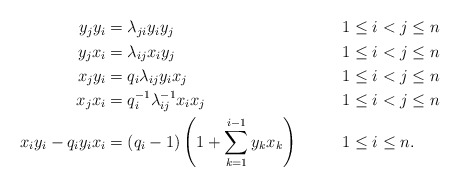
\begin{align*}\begin{aligned}y_jy_i&={\lambda}_{ji}y_iy_j&& 1\leq i<j\leq n\\y_jx_i&={\lambda}_{ij}x_iy_j&&1\leq i<j\leq n\\x_jy_i&={q}_i{\lambda}_{ij}y_ix_j&&1\leq i<j\leq n\\x_jx_i&={q}_{i}^{-1}{\lambda}_{ij}^{-1}x_ix_j&&1\leq i<j\leq n\\x_iy_i-{q}_iy_ix_i&=({q}_i-1)\left(1+\sum_{k=1}^{i-1}y_kx_k\right)&\qquad&1\leq i\leq n.\end{aligned}\end{align*}